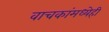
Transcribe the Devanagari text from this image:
वाचकांमध्येही